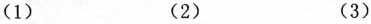
(1) (2) (3)